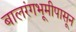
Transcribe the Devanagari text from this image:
बालरंगभूमीपासून